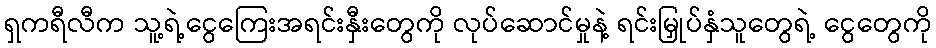
ရှကရီလီက သူ့ရဲ့ငွေကြေးအရင်းနှီးတွေကို လုပ်ဆောင်မှုနဲ့ ရင်းမြှုပ်နှံသူတွေရဲ့ ငွေတွေကို